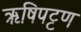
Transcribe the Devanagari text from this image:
ऋषिपट्टण